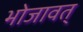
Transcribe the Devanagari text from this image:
भोजावत्